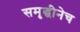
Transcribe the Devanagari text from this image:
समृद्धीनेच